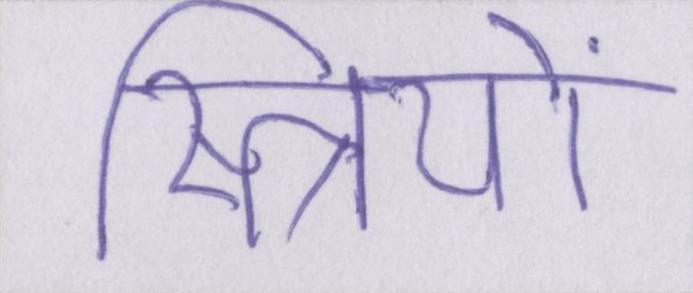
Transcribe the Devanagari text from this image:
स्त्रियों